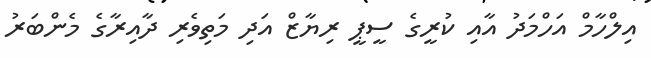
އިލްހާމް އަހްމަދު އާއި ކުރީގެ ސީޕީ ރިޔާޒް އަދި މަތިވެރި ދާއިރާގެ މެންބަރު